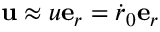
\mathbf { u } \approx u \mathbf e _ { r } = \dot { r } _ { 0 } \mathbf { e } _ { r }